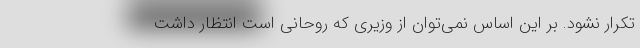
تکرار نشود. بر این اساس نمی‌توان از وزیری که روحانی است انتظار داشت